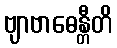
ဗျာဗာဓေန္တီတိ